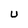
Character: U